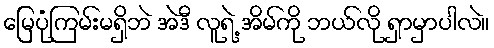
မြေပုံကြမ်းမရှိဘဲ အဲဒီ လူရဲ့ အိမ်ကို ဘယ်လို ရှာမှာပါလဲ။